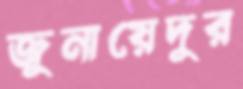
জুনায়েদুর